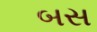
બસ